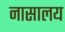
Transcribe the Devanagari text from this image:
नासालय